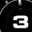
Digit: 3